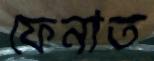
ফেনাত